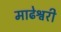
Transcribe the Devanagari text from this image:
माढेश्वरी